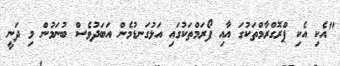
"އެކި އެކި ޕްރޮގްރާމްތަކުގަ އާއި ފޯރަމްތަކުގައި އަޅުގަނޑުމެން އަބަދުވެސް ބުނަމުން މި ދަނީ